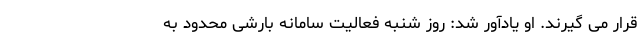
قرار می گیرند. او یادآور شد: روز شنبه فعالیت سامانه بارشی محدود به